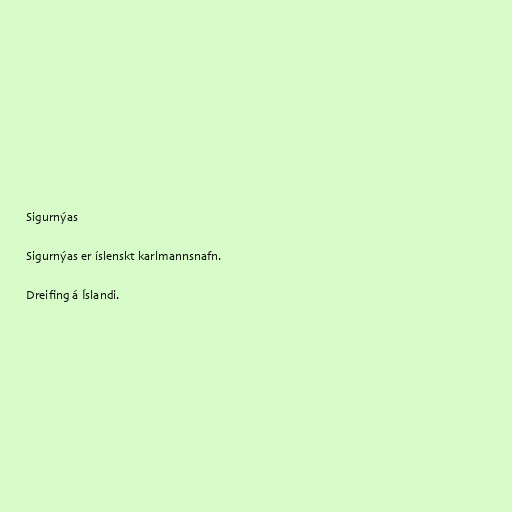
Sigurnýas

Sigurnýas er íslenskt karlmannsnafn.

Dreifing á Íslandi.